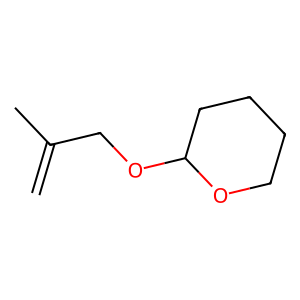
SMILES: C=C(C)COC1CCCCO1
Inhibits HIV replication: No